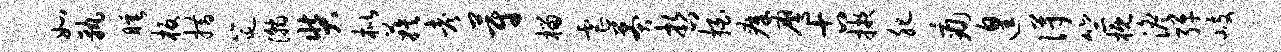
如孰睡板措筵瀚奘枇蔟考蔚榴虐莽哲拍瘴鹰古掖肥痛遑得竺概澹弹岐